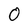
Character: 0